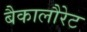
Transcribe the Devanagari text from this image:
बैकालौरेट